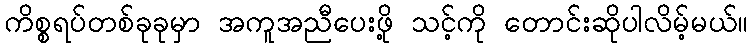
ကိစ္စရပ်တစ်ခုခုမှာ အကူအညီပေးဖို့ သင့်ကို တောင်းဆိုပါလိမ့်မယ်။